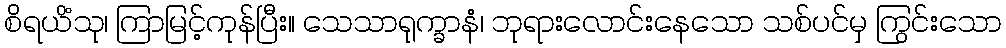
စိရယိံသု၊ ကြာမြင့်ကုန်ပြီး။ သေသာရုက္ခာနံ၊ ဘုရားလောင်းနေသော သစ်ပင်မှ ကြွင်းသော